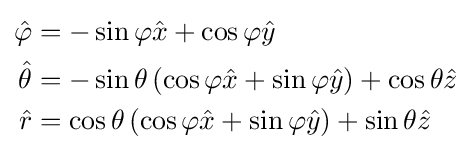
{\begin{aligned}{\hat {\varphi }}&=-\sin \varphi {\hat {x}}+\cos \varphi {\hat {y}}\\{\hat {\theta }}&=-\sin \theta \,(\cos \varphi {\hat {x}}+\sin \varphi {\hat {y}})+\cos \theta {\hat {z}}\\{\hat {r}}&=\cos \theta \,(\cos \varphi {\hat {x}}+\sin \varphi {\hat {y}})+\sin \theta {\hat {z}}\end{aligned}}